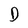
Character: D